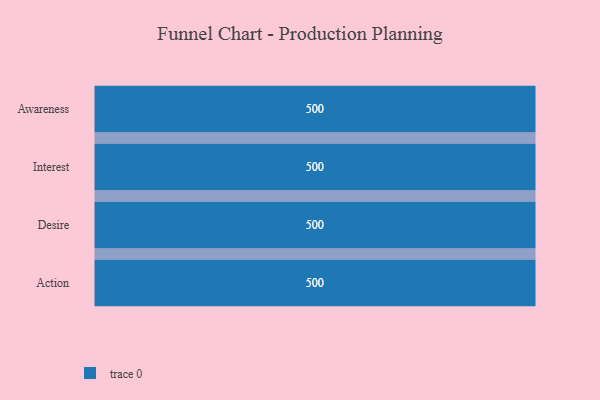
{"axis": {"x": "Stage", "y": "Value"}, "legend": [""], "data": [{"x": "Awareness", "y": 500, "type": ""}, {"x": "Interest", "y": 500, "type": ""}, {"x": "Desire", "y": 500, "type": ""}, {"x": "Action", "y": 500, "type": ""}]}